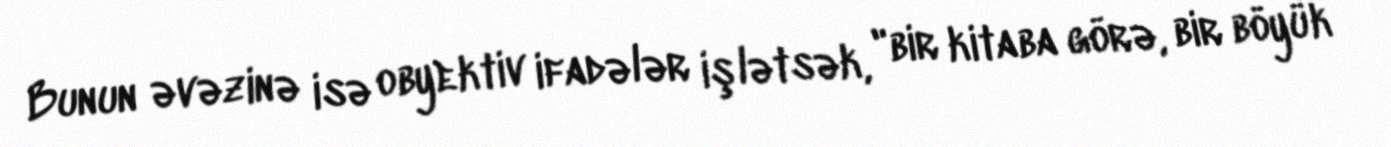
Bunun əvəzinə isə obyektiv ifadələr işlətsək, "bir kitaba görə, bir böyük